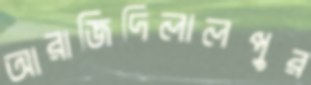
আরাজিদিলালপুর